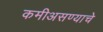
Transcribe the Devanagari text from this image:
कमीअसण्याचे